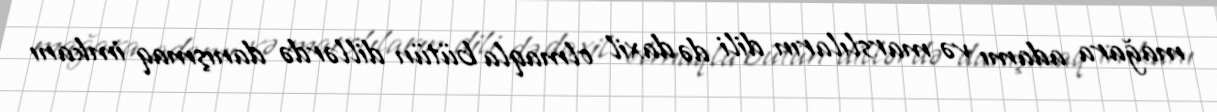
mağara adamı və marslıların dili də daxil olmaqla bütün dillərdə danışmaq imkanı